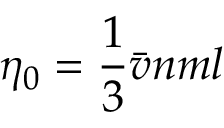
\quad \eta _ { 0 } = { \frac { 1 } { 3 } } { \bar { v } } n m l